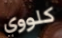
كلووي